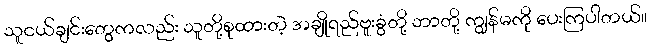
သူငယ်ချင်းတွေကလည်း သူတို့စုထားတဲ့ အချိုရည်ဗူးခွံတို့ ဘာတို့ ကျွန်မကို ပေးကြပါတယ်။